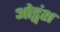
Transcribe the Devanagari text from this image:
ओड्वंश